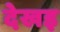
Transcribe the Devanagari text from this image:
देखइ